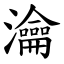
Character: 瀹